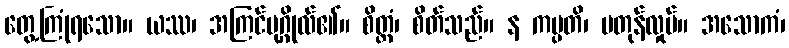
တွေ့ကြုံရသော။ ယဿ၊ အကြင်ပုဂ္ဂိုလ်၏။ စိတ္တံ၊ စိတ်သည်။ န ကမ္ပတိ၊ မတုန်လှုပ်။ အသောကံ၊